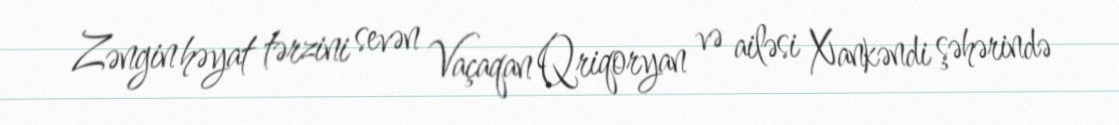
Zəngin həyat tərzini sevən Vaçaqan Qriqoryan və ailəsi Xankəndi şəhərində